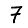
Digit: 7